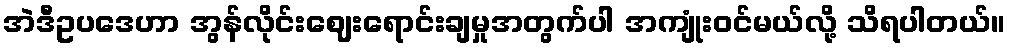
အဲဒီဥပဒေဟာ အွန်လိုင်းဈေးရောင်းချမှုအတွက်ပါ အကျုံးဝင်မယ်လို့ သိရပါတယ်။